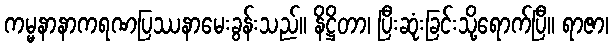
ကမ္မနာနာကရဏပြဿနာမေးခွန်းသည်။ နိဋ္ဌိတာ၊ ပြီးဆုံးခြင်းသို့ရောက်ပြီ။ ရာဇာ၊